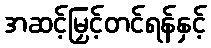
အဆင့်မြှင့်တင်ရန်နှင့်